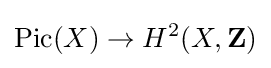
\operatorname {Pic} (X)\to H^{2}(X,\mathbf {Z} )